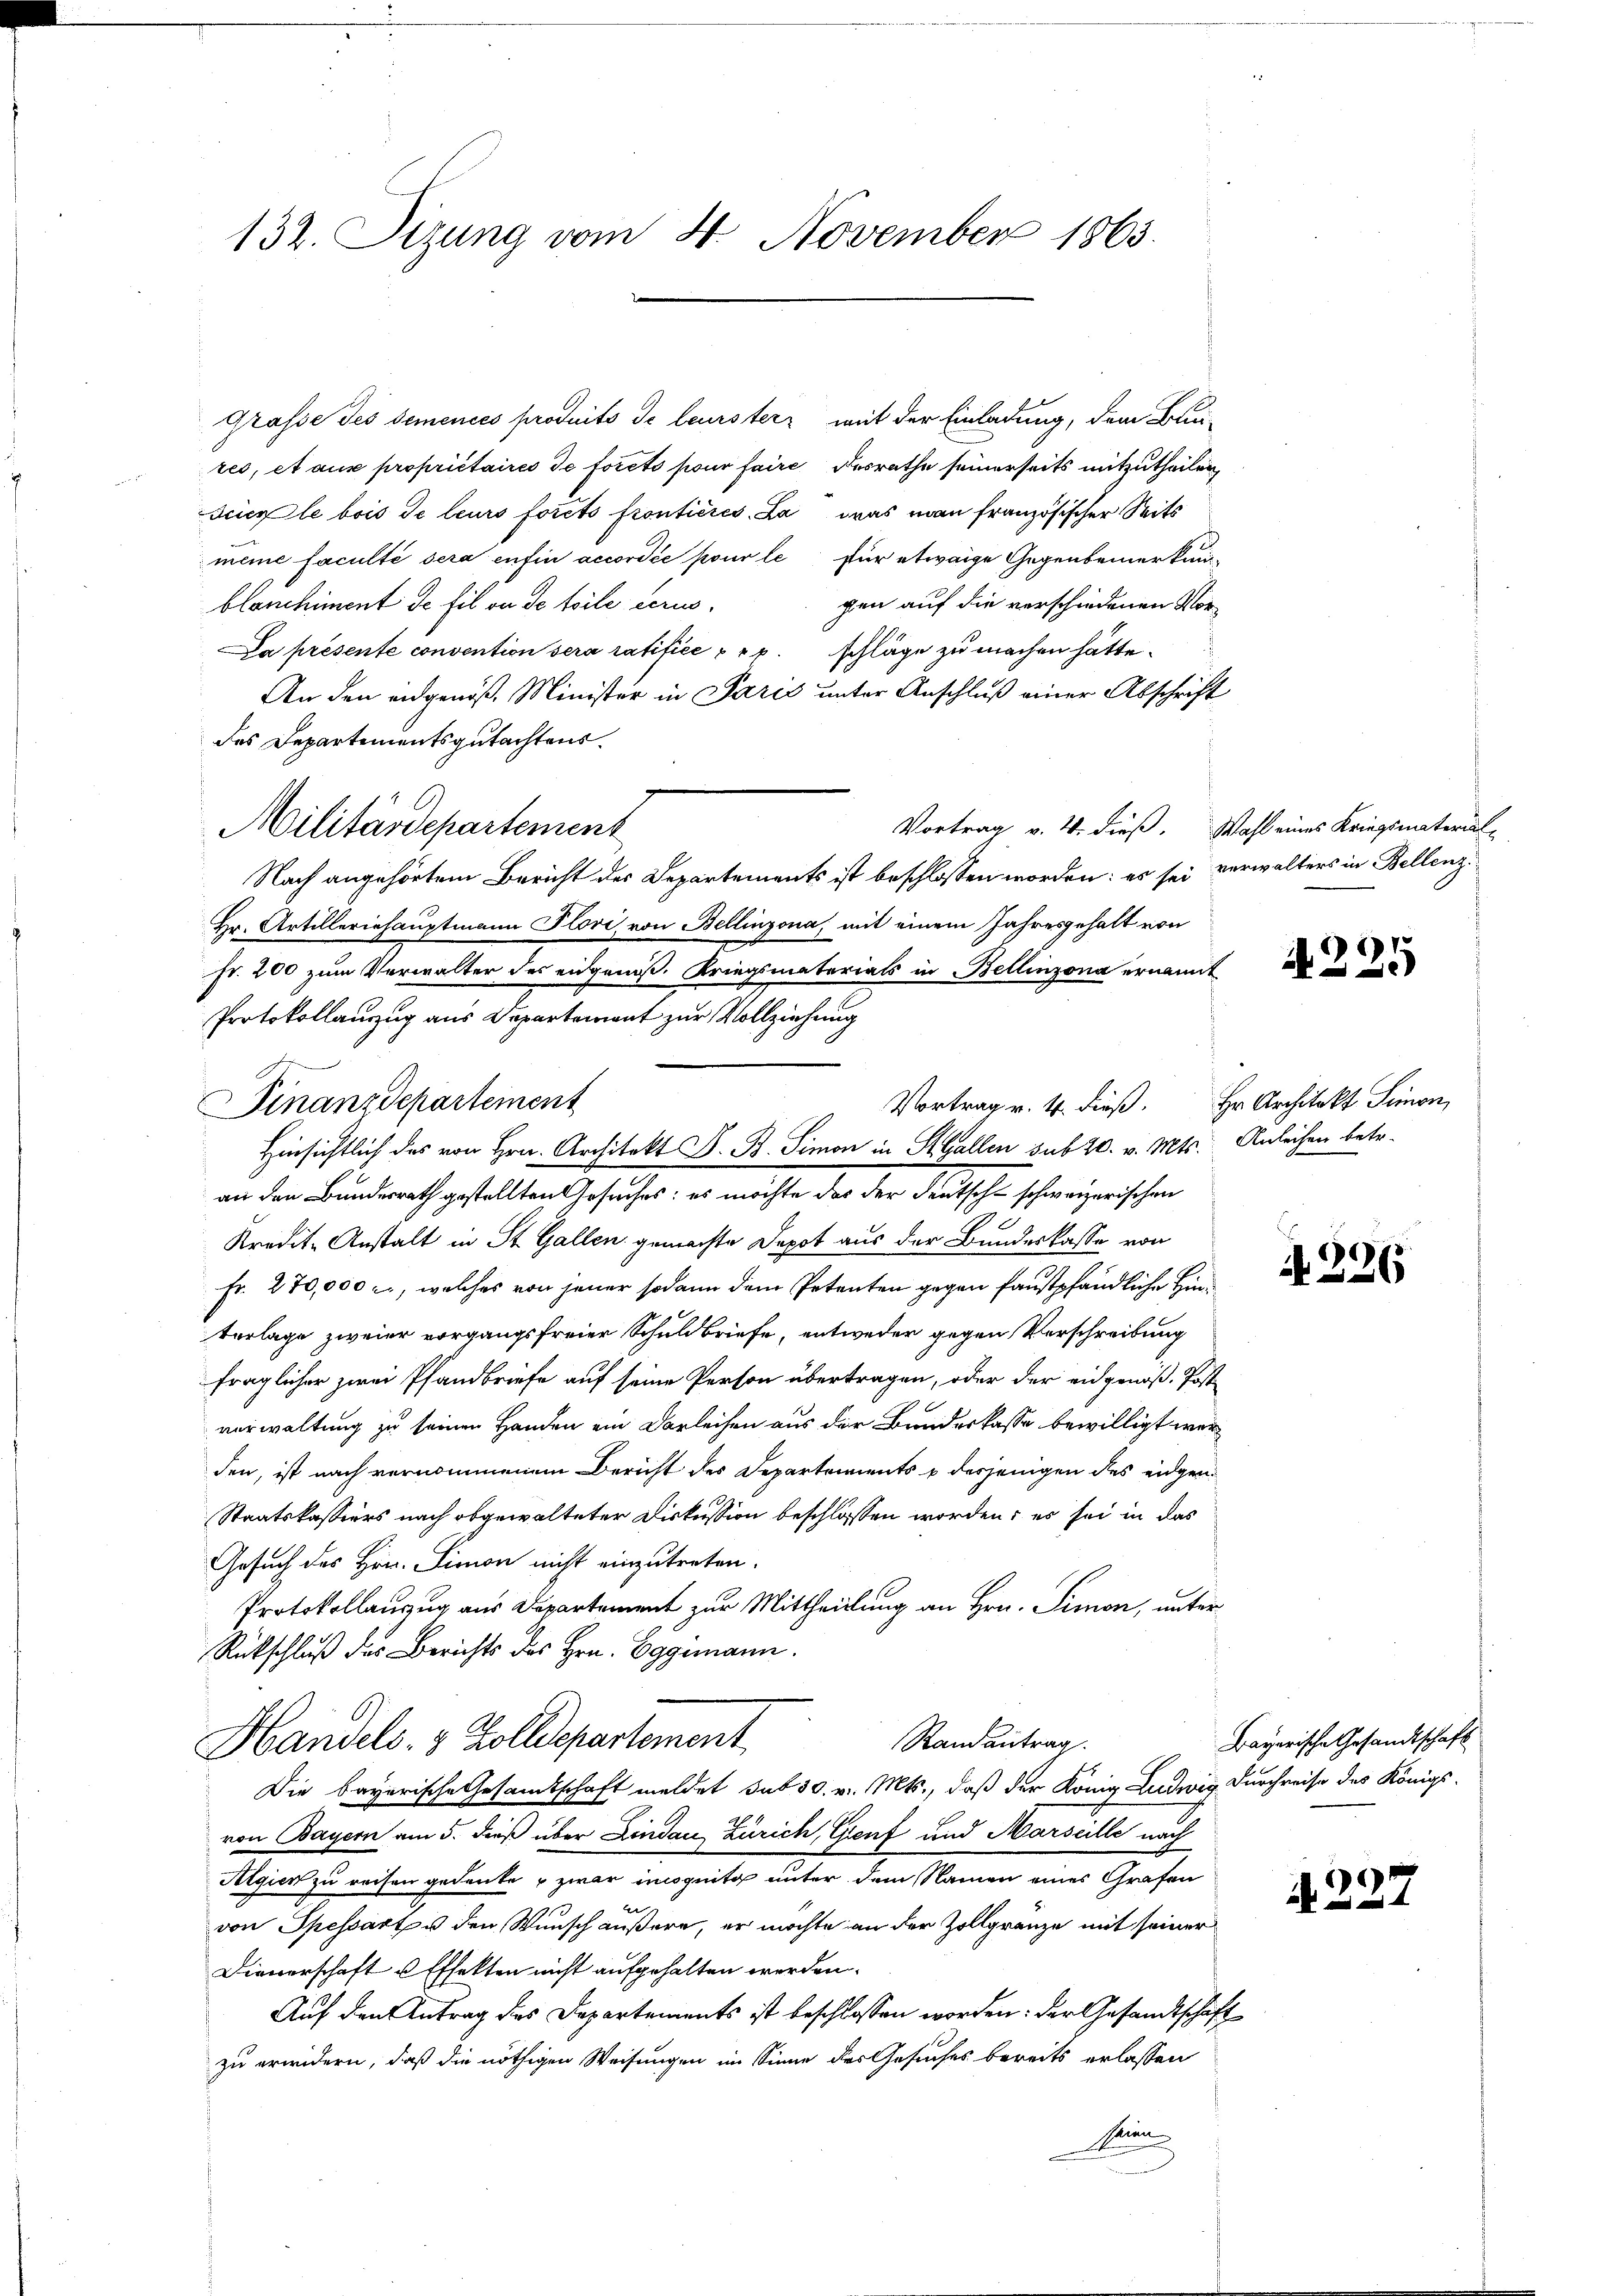
132. Sizung vom 4 November 1863.

Grasse des demenico produits de leurster mit der Einladung, dem Bau-
res, et aus propriétaires de forêts pour faire desrathe seinerseits mitzutheilen
Feierle bois de leurs forets fronticres. La was man französischer Seits
meme faculté sera enfin accordée pour le für etwaige Gegenbemerkun-
gen auf die verschiedenen Morblanchiment de fil an de toile scrus.
Da présente convention sera ratifice prp. schläge zu machen hätte.
An den eidgenöß. Minister in Paris unter Anschluß einer Abschrift
des Departementsgutachtens.
Militärdepartement
Nach angehörtem Bericht des Departements ist beschlossen worden: es sei verwalters in Bellenz
Hr. Artilleriehauptmann Flori, von Bellinzona, mit einem Jahresgehalt von
Fr. 200 zum Verwalter des eidgeniß. Kriegsmaterials in Bellinzona ernannt
Protokollauszug aus Departement zur Vollziehung
Finanzdepartement
Hinsichtlich des von Hrn. Architekt D. B. Simon in St. Gallen sub 20. v. Mts. Anleihen betr.
an den Bundesrath gestellten Gesuches: es möchte das der deutsch schweizerischen
Kredit-Anstalt in St. Gallen gemachte Depot aus der Bundeskasse von
d
Fr. 270,000 c., welches von jener sodann dem Petenten gegen faustpfändliche Hinterlage zweier vorgangsfreier Schuldbriefe, entweder gegen Verschreibung
fraglicher zwei Pfandbriefe auf seine Person übertragen, oder der eidgenoße Post-
verwaltung zu seinen Handen ein Darleihen aus der Bundeskasse bewilligt werden, ist nach vernommenem Bericht des Departements u desjenigen des eidgen.
Staatskassiers nach abgewalteter Diskussion beschlossen worden; es sei in das
Gesuch des Hrn. Simon nicht einzutreten.
Protokollanzug aus Departement zur Mittheilung an Hrn. Simon, unter¬
Rückschluß des Berichts des Hrn. Eggemann.
Randantrag.
Handels- & Zolldepartement
Die bayerische Gesandtschaft meldet sub 30. v. Mts., daß der König Ludwig Durchreise des Königs-
von Bayern am 5. dieß über Lindau Zürich, Genf und Marseille nach
Algien zu reisen gedenke u zwar incognita unter dem Namen eines Grafen
E
von Spessart u den Wunsch äußere, er möchte an der Zollgrenze mit seiner
Dieverschaft u Effekten nicht aufgehalten werden.
Auf den Antrag des Departements ist beschlossen worden: der Gesandtschaft
zu erwidern, daß die nöthigen Weisungen im Sinne des Gesuches bereits erlassen
hein

Vortrag v. 4. dieß. Wahl eines Kriegsmaterial

A225

Vortrag v. 4. dieß. Hr. Architekt Simon,

A 326

Bayerische Gesandtschaft

d. 227